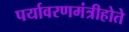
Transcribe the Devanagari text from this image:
पर्यावरणमंत्रीहोते